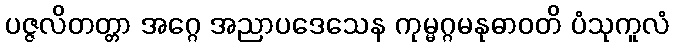
ပဇ္ဇလိတတ္တာ အဂ္ဂေ အညာပဒေသေန ကုမ္မဂ္ဂမနုဓာဝတိ ပံသုကူလံ